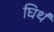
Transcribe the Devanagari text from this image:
घिर्थ